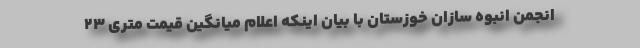
انجمن انبوه سازان خوزستان با بیان اینکه اعلام میانگین قیمت متری ۲۳